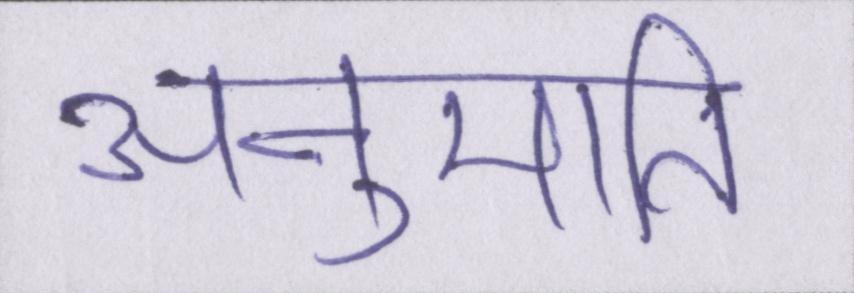
अनुमति